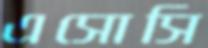
এসোসি